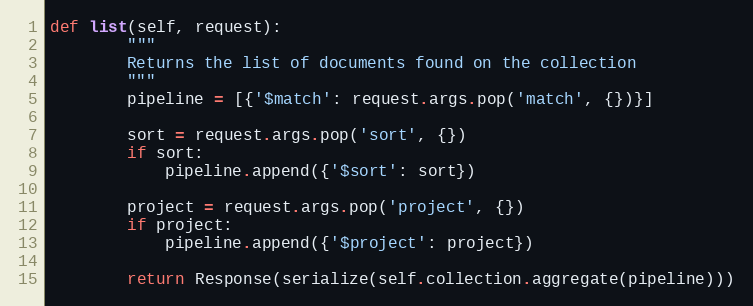
Language: Python
def list(self, request):
        """
        Returns the list of documents found on the collection
        """
        pipeline = [{'$match': request.args.pop('match', {})}]

        sort = request.args.pop('sort', {})
        if sort:
            pipeline.append({'$sort': sort})

        project = request.args.pop('project', {})
        if project:
            pipeline.append({'$project': project})

        return Response(serialize(self.collection.aggregate(pipeline)))